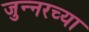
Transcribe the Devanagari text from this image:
जुन्‍नरच्या